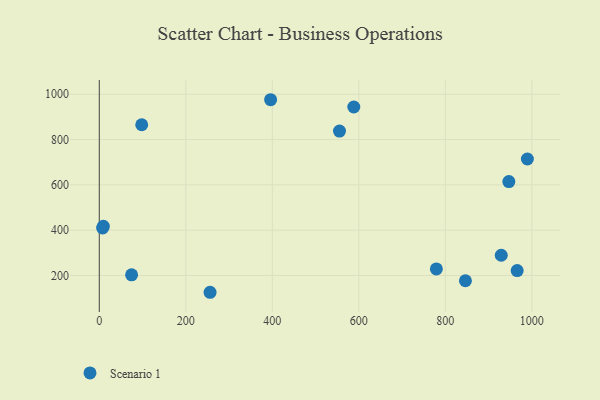
{"axis": {"x": "Distance", "y": "Fuel Efficiency"}, "legend": ["Scenario 1"], "data": [{"x": "74.7", "y": 202.8, "type": "Scenario 1"}, {"x": "98.1", "y": 865.3, "type": "Scenario 1"}, {"x": "555.3", "y": 837.4, "type": "Scenario 1"}, {"x": "779.3", "y": 229.0, "type": "Scenario 1"}, {"x": "966.1", "y": 221.5, "type": "Scenario 1"}, {"x": "846.5", "y": 176.7, "type": "Scenario 1"}, {"x": "989.7", "y": 714.0, "type": "Scenario 1"}, {"x": "929.3", "y": 289.2, "type": "Scenario 1"}, {"x": "396.1", "y": 975.7, "type": "Scenario 1"}, {"x": "588.4", "y": 943.6, "type": "Scenario 1"}, {"x": "946.9", "y": 614.5, "type": "Scenario 1"}, {"x": "256.1", "y": 125.9, "type": "Scenario 1"}, {"x": "7.7", "y": 409.6, "type": "Scenario 1"}, {"x": "9.4", "y": 417.0, "type": "Scenario 1"}]}